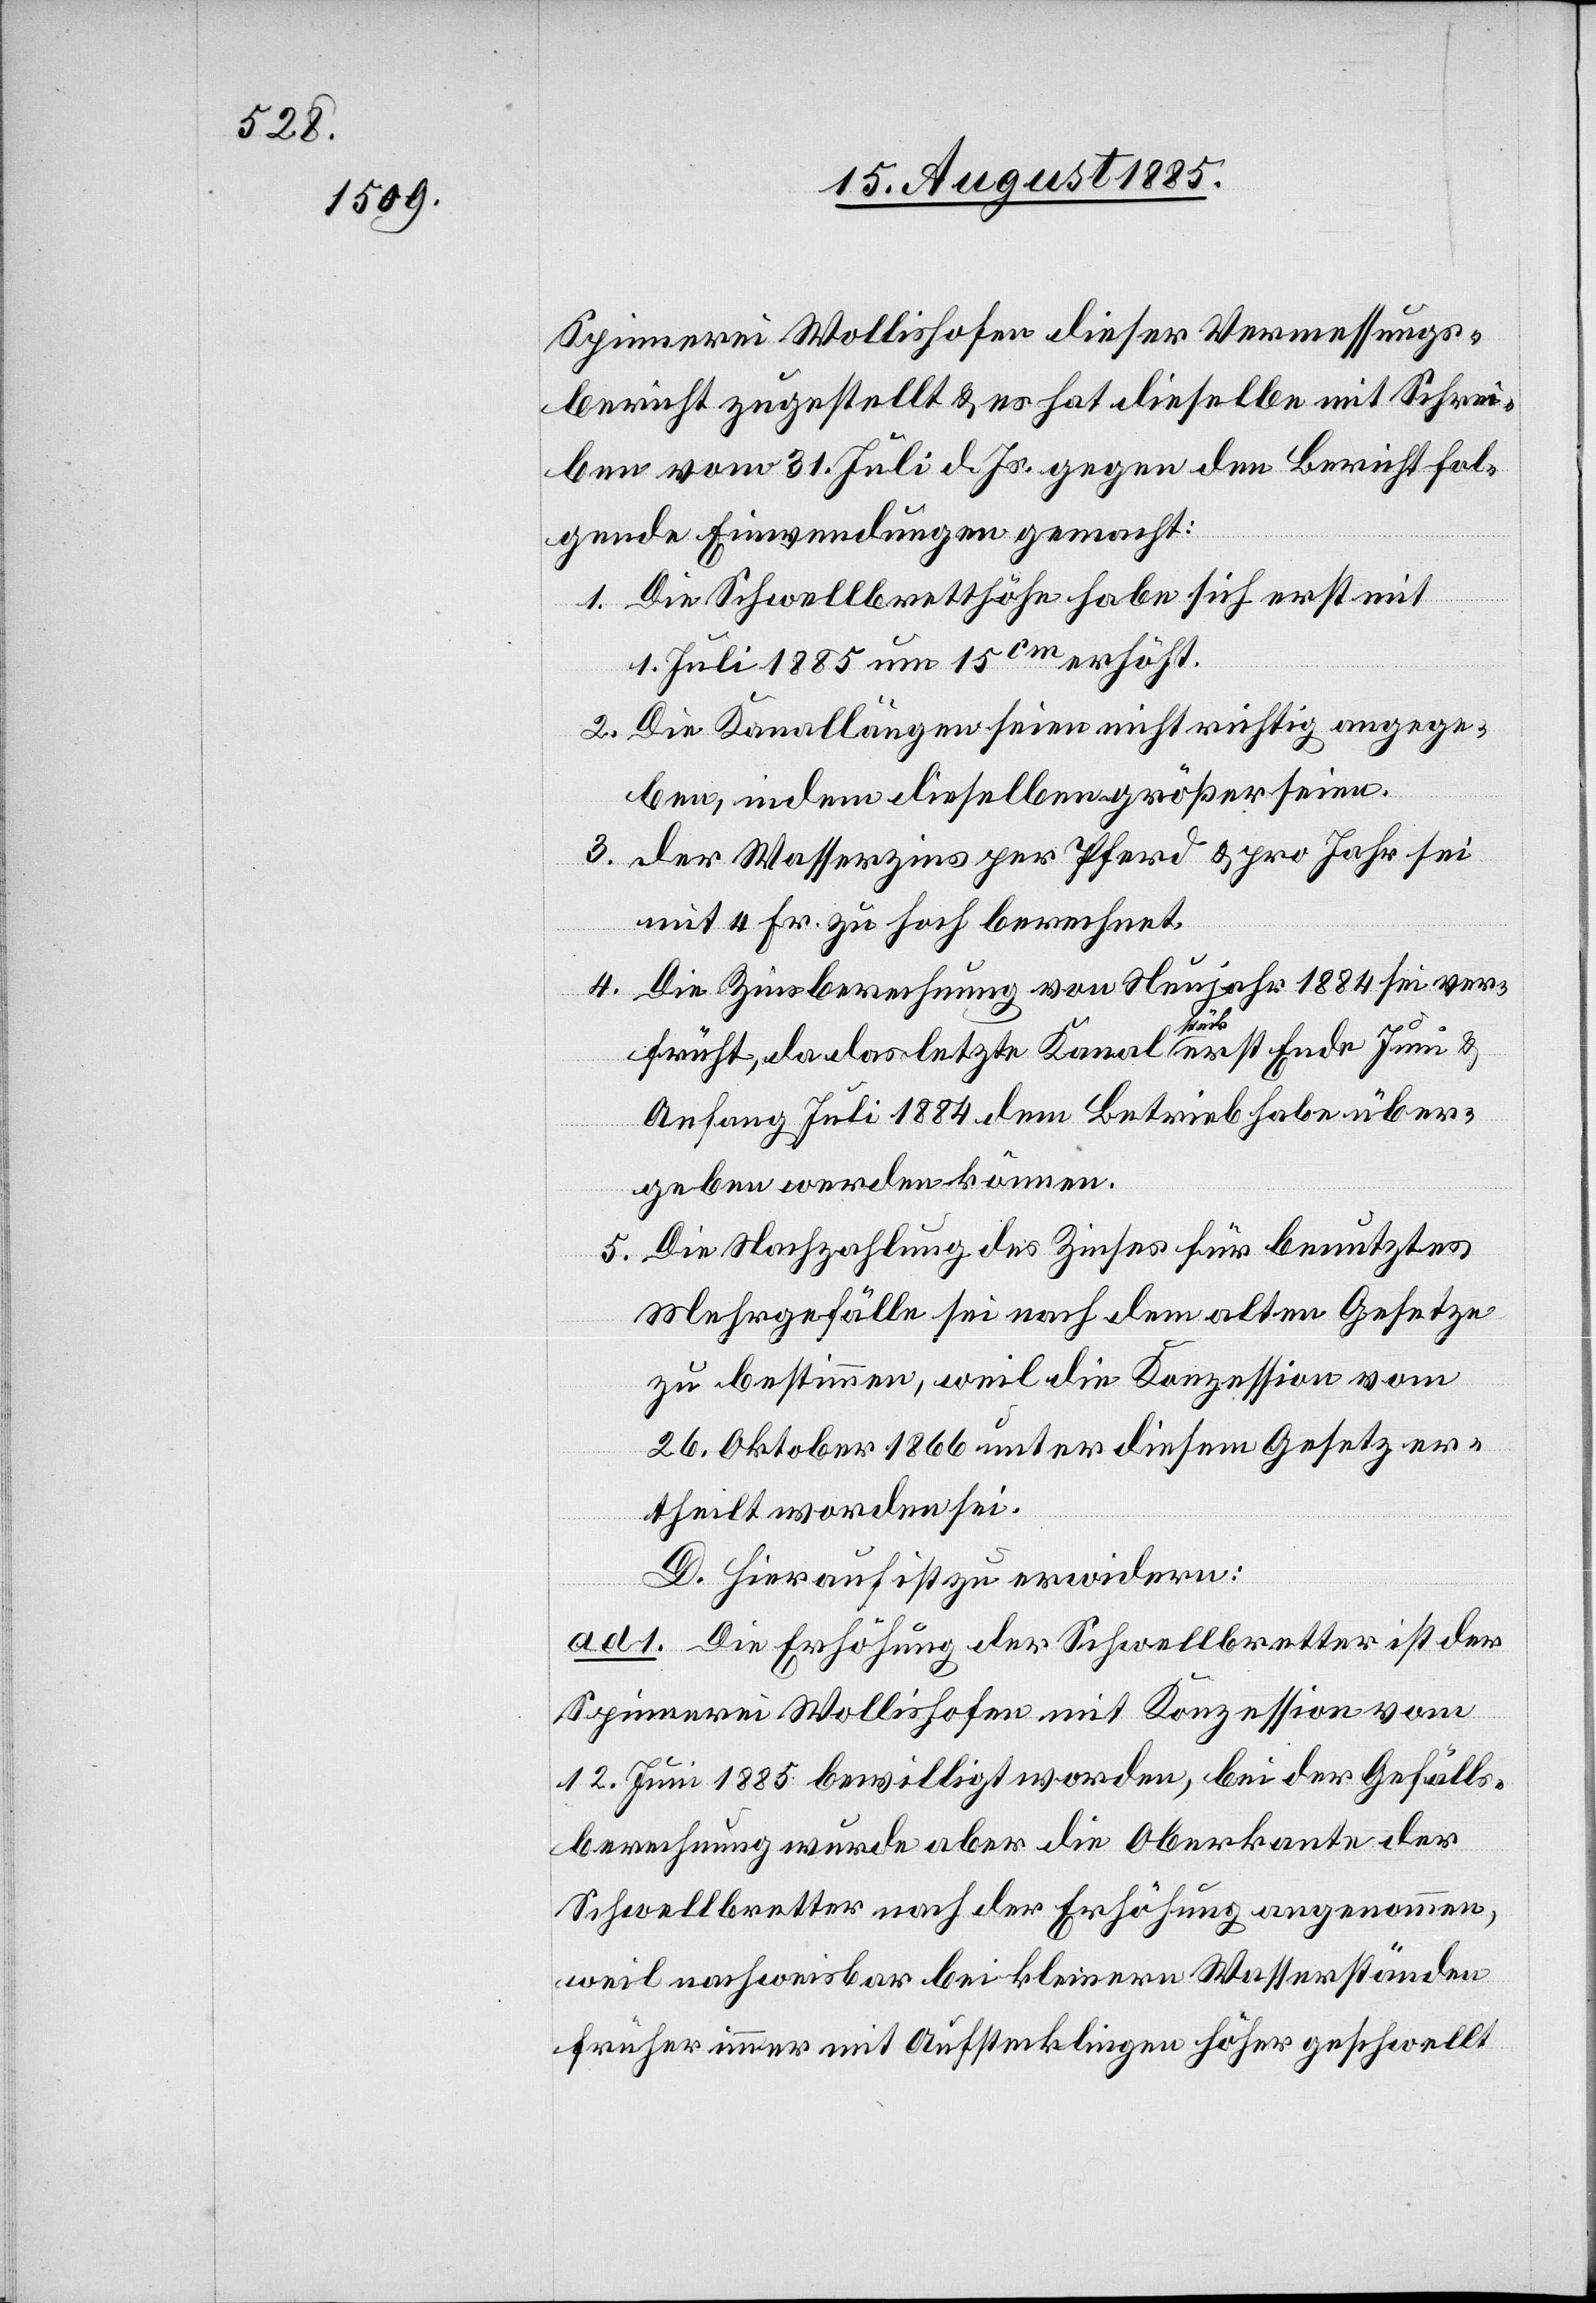
Spinnerei Wollishofen dieser Vermessungs¬
bericht zugestellt & es hat dieselbe mit Schrei¬
ben vom 31. Juli d. Js. gegen den Bericht fol¬
gende Einwendungen gemacht:
1. Die Schwellbretthöhe habe sich erst mit
1. Juli 1885 um 15cm erhöht.
2. Die Kanallängen seien nicht richtig angege¬
ben, indem dieselben größer seien.
3. der Wasserzins per Pferd & pro Jahr sei
mit 4 Fr. zu hoch berechnet.
4. Die Zinsberechnung von Neujahr 1884 sei ver¬
früht, da das letzte Kanalstück erst Ende Juni &
Anfang Juli 1884 dem Betrieb habe über¬
geben werden können.
Die Nachzahlung des Zinses für benutztes
5.
Mehrgefälle sei nach dem alten Gesetze
zu bestimmen, weil die Konzession vom
26. Oktober 1866 unter diesem Gesetz er¬
theilt worden sei.
D. Hierauf ist zu erwidern:
ad
1. Die Erhöhung der Schwellbretter ist der
Spinnerei Wollishofen mit Konzession vom
12. Juni 1885 bewilligt worden, bei der Gefälls¬
berechnung wurde aber die Oberkante der
Schwellbretter nach der Erhöhung angenommen,
weil nachweisbar bei kleinern Wasserständen
früher immer mit Aufsteckliegen höher geschwellt